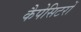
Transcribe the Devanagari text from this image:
कैपेसिटरों